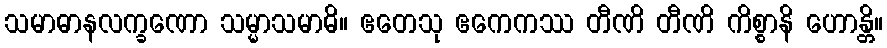
သမာဓာနလက္ခဏော သမ္မာသမာဓိ။ ဧတေသု ဧကေကဿ တီဏိ တီဏိ ကိစ္စာနိ ဟောန္တိ။